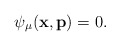
\begin{align*}\psi_{\mu}(\mathbf{x},\mathbf{p}) =0. \end{align*}